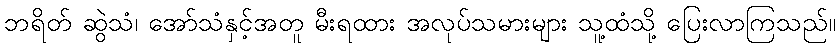
ဘရိတ် ဆွဲသံ၊ အော်သံနှင့်အတူ မီးရထား အလုပ်သမားများ သူ့ထံသို့ ပြေးလာကြသည်။